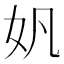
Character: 𫰉